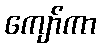
ကျော်ကာ